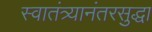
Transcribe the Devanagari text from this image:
स्वातंत्र्यानंतरसुद्धा